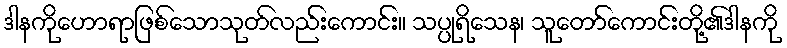
ဒါနကိုဟောရာဖြစ်သောသုတ်လည်းကောင်း။ သပ္ပုရိသေန၊ သူတော်ကောင်းတို့၏ဒါနကို